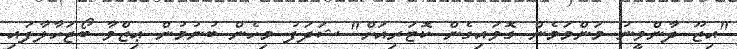
"އިޒޫ ދާންވީނު މަންމަމެން ގޮވައިގެން ކޮޓަރިއަށް" ޝަދަފު މިހެން ބުނުމުން ޢިޒްވާ ބޯޖަހާލާފައި